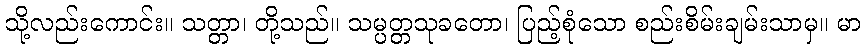
သို့လည်းကောင်း။ သတ္တာ၊ တို့သည်။ သမ္ပတ္တသုခတော၊ ပြည့်စုံသော စည်းစိမ်းချမ်းသာမှ။ မာ